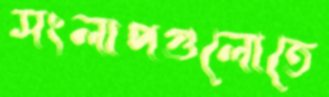
সংলাপগুলোতে